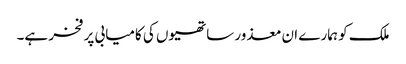
ملک کو ہمارے ان معذور ساتھیوں کی کامیابی پر فخر ہے۔